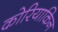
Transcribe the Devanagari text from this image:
कोरियाकिन